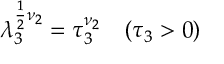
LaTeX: \lambda _ { 3 } ^ { \frac 1 2 \nu _ { 2 } } = \tau _ { 3 } ^ { \nu _ { 2 } } \quad ( \tau _ { 3 } > 0 )